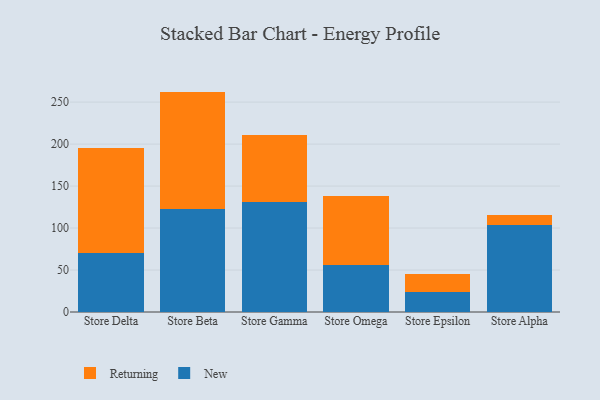
{"axis": {"x": "Store", "y": "Net Income (USD K)"}, "legend": ["New", "Returning"], "data": [{"x": "Store Delta", "y": 70.8, "type": "New"}, {"x": "Store Delta", "y": 124.4, "type": "Returning"}, {"x": "Store Beta", "y": 123.2, "type": "New"}, {"x": "Store Beta", "y": 139.3, "type": "Returning"}, {"x": "Store Gamma", "y": 131.2, "type": "New"}, {"x": "Store Gamma", "y": 79.5, "type": "Returning"}, {"x": "Store Omega", "y": 56.2, "type": "New"}, {"x": "Store Omega", "y": 81.7, "type": "Returning"}, {"x": "Store Epsilon", "y": 23.6, "type": "New"}, {"x": "Store Epsilon", "y": 22.0, "type": "Returning"}, {"x": "Store Alpha", "y": 103.5, "type": "New"}, {"x": "Store Alpha", "y": 11.5, "type": "Returning"}]}